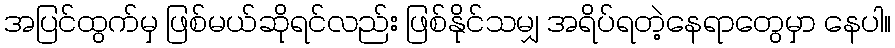
အပြင်ထွက်မှ ဖြစ်မယ်ဆိုရင်လည်း ဖြစ်နိုင်သမျှ အရိပ်ရတဲ့နေရာတွေမှာ နေပါ။